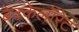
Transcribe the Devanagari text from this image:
बेक्केलॉरेट